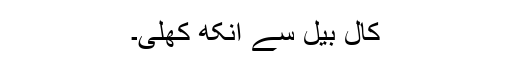
کال بیل سے آنکھ کھلی۔